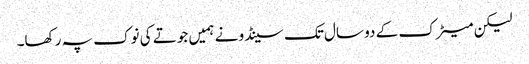
لیکن میٹرک کے دو سال تک سینڈو نے ہمیں جوتے کی نوک پہ رکھا۔